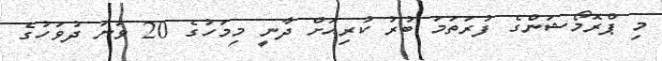
މި ޕްރޮމޯޝަންގެ ފުރަތަމަ ބުރު ކުރިއަށް ދާނީ މިމަހުގެ 20 ވަނަ ދުވަހުގެ